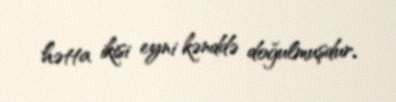
hətta ikisi eyni kənddə doğulmuşdur.